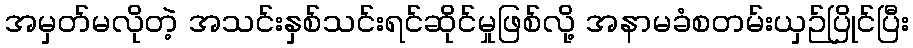
အမှတ်မလိုတဲ့ အသင်းနှစ်သင်းရင်ဆိုင်မှုဖြစ်လို့ အနာမခံစတမ်းယှဉ်ပြိုင်ပြီး